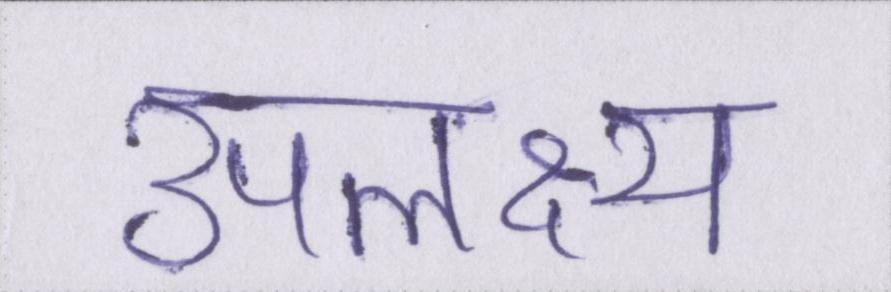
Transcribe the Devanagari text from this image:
उपलक्ष्य